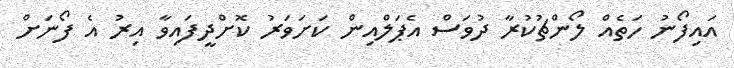
އައިފޯނު ހަތެއް ލޯންޗުކުރާ ދުވަސް އެޕަލްއިން ކަށަވަރު ކޮށްދީފައިވާ އިރު އެ ފޯނަށް